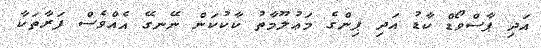
އަދި ޕާސްވޯޑް ކާޑު އަދި ޕިންގެ މަޢުލޫމާތު ކާކުކަން ނޭނގޭ އެއްވެސް ފަރާތަކާ